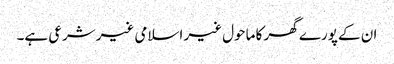
ان کے پورے گھر کا ماحول غیر اسلامی غیرشرعی ہے۔